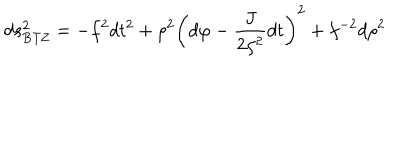
LaTeX: d s _ { \mathrm { B T Z } } ^ { 2 } = - f ^ { 2 } d t ^ { 2 } + \rho ^ { 2 } \left( d \varphi - { \frac { J } { 2 \rho ^ { 2 } } } d t \right) ^ { 2 } + f ^ { - 2 } d \rho ^ { 2 }